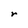
Character: r